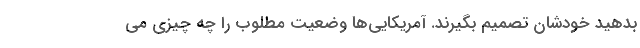
بدهید خودشان تصمیم بگیرند. آمریکایی‌ها وضعیت مطلوب را چه چیزی می‌